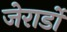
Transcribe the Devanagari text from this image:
जेरार्डो